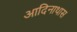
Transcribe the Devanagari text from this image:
आदिनाथास